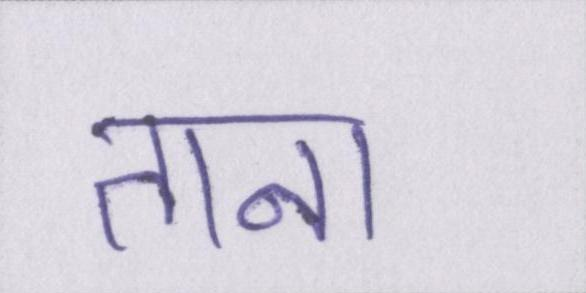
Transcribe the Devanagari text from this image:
ताना